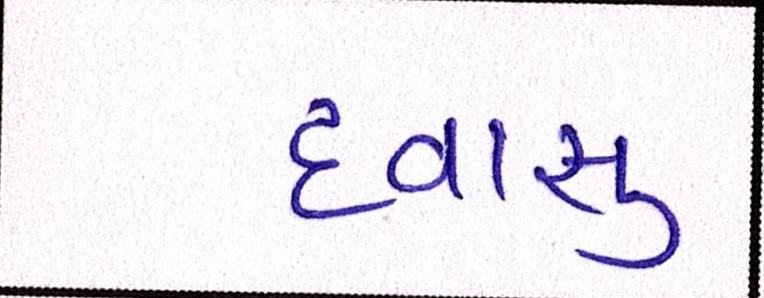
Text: દવાસુ